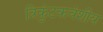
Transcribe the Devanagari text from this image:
त्रिकुंटकवंशीय